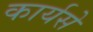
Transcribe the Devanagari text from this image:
कार्यसे